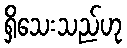
ရှိသေးသည်ဟု